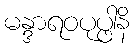
မန္ဒာရဝပုပ္ဖါနိ